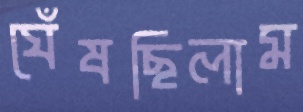
ঘেঁষছিলাম